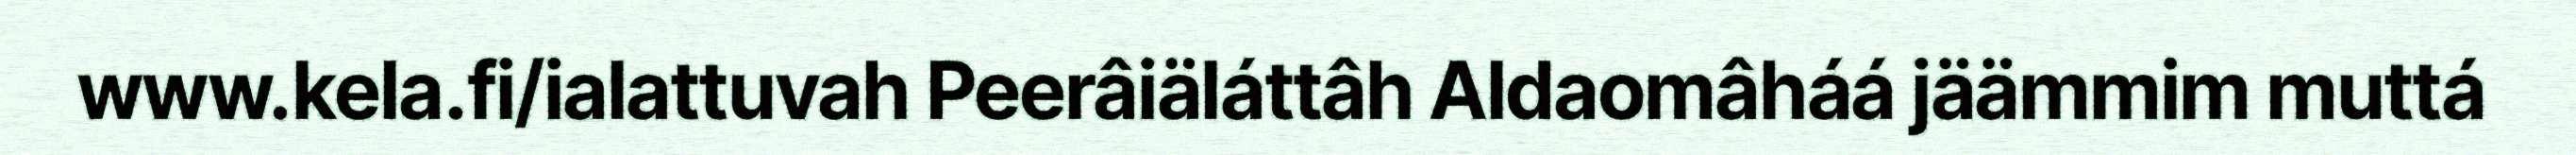
www.kela.fi/ialattuvah Peerâiäláttâh Aldaomâháá jäämmim muttá